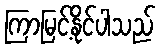
ကြာမြင့်နိုင်ပါသည်